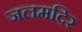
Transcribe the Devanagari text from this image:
जलमदिर